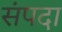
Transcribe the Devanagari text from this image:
संंपदा